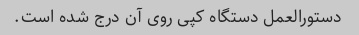
دستورالعمل دستگاه کپی روی آن درج شده است.